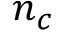
n _ { c }